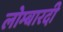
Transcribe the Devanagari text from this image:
लोम्बारदी